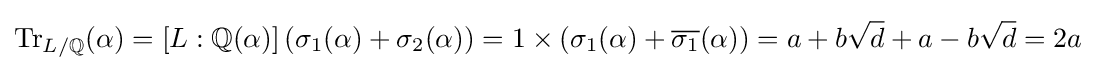
\operatorname {Tr} _{L/\mathbb {Q} }(\alpha )=[L:\mathbb {Q} (\alpha )]\left(\sigma _{1}(\alpha )+\sigma _{2}(\alpha )\right)=1\times \left(\sigma _{1}(\alpha )+{\overline {\sigma _{1}}}(\alpha )\right)=a+b{\sqrt {d}}+a-b{\sqrt {d}}=2a